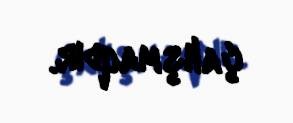
çalışmaqdır.